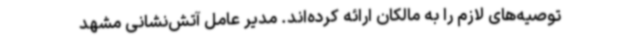
توصیه‌های لازم را به مالکان ارائه کرده‌اند. مدیر عامل آتش‌نشانی مشهد